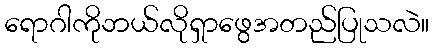
ရောဂါကိုဘယ်လိုရှာဖွေအတည်ပြုသလဲ။